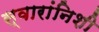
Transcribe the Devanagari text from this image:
स्वारांनिशी